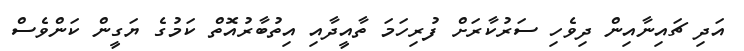
އަދި ޗައިނާއިން ދިވެހި ސަރުކާރަށް ފުރިހަމަ ތާއީދާއި އިތުބާރުއޮތް ކަމުގެ ޔަގީން ކަންވެސް